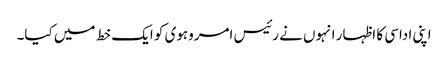
اپنی اداسی کا اظہار انہوں نے رئیس امروہوی کو ایک خط میں کیا۔